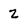
Character: 2